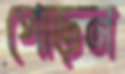
পোড়ন